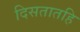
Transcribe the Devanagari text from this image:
दिसतातहि